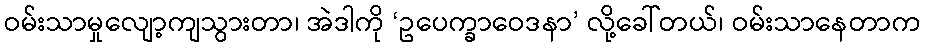
ဝမ်းသာမှုလျော့ကျသွားတာ၊ အဲဒါကို ‘ဥပေက္ခာဝေဒနာ’ လို့ခေါ်တယ်၊ ဝမ်းသာနေတာက